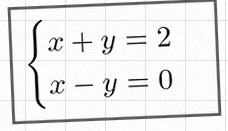
\begin{cases}x+y=2\\x-y=0\end{cases}